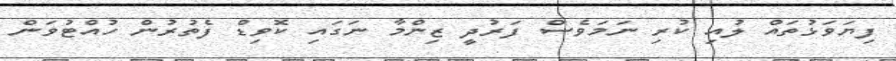
ފިޔަވަޅުތައް ލުއި ކުރި ނަމަވެސް ފަރުދީ ޒިންމާ ނަގައި ކޮވިޑް ފެތުރުން ހުއްޓުވަން